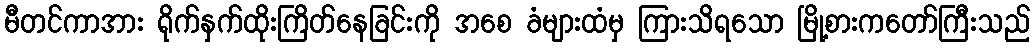
မီတင်ကာအား ရိုက်နှက်ထိုးကြိတ်နေခြင်းကို အစေ ခံများထံမှ ကြားသိရသော မြို့စားကတော်ကြီးသည်